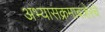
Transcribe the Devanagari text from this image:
अभ्यासक्रमाबाहेरचे